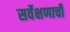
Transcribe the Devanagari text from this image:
सर्वेक्षणाची